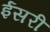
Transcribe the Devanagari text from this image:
ईसरी